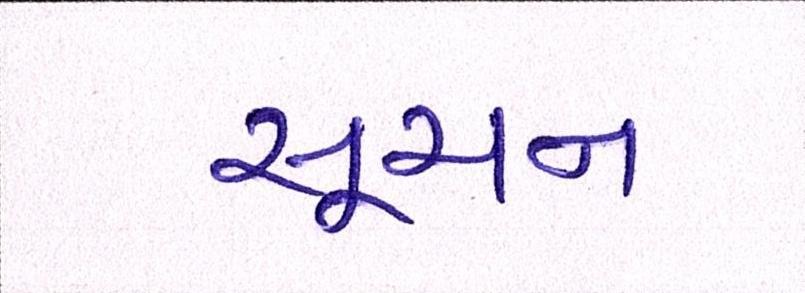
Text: સૂચન